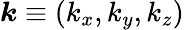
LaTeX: {\boldsymbol k}\equiv(k_{x},k_{y},k_{z})